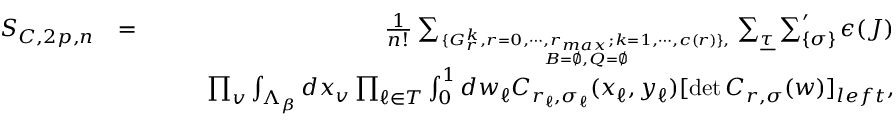
\begin{array} { r l r } { S _ { { \cal C } , 2 p , n } } & { = } & { { \frac { 1 } { n ! } } \sum _ { \{ G _ { r } ^ { k } , { r = 0 } , \cdots , r _ { m a x } ; { k = 1 } , \cdots , c ( r ) \} , \atop { { \cal B } = \emptyset , { \cal Q } = \emptyset } } \sum _ { \underline { \tau } } \sum _ { \{ { \sigma } \} } ^ { \prime } { \epsilon } ( { \cal J } ) } \\ & { } & { \quad \quad \prod _ { v } \int _ { \Lambda _ { \beta } } d x _ { v } \prod _ { \ell \in { \cal T } } \int _ { 0 } ^ { 1 } d w _ { \ell } C _ { r _ { \ell } , { \sigma } _ { \ell } } ( x _ { \ell } , y _ { \ell } ) [ \operatorname* { d e t } C _ { r , \sigma } ( w ) ] _ { l e f t } , } \end{array}